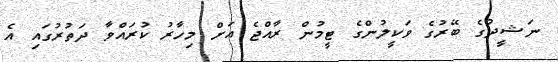
ނަޝީދުގެ ބޭރުގެ ވަކީލުންގެ ޓީމުން ރާއްޖެ އަށް މިހާރު ކުރައްވާ ދަތުރުގައި އެ